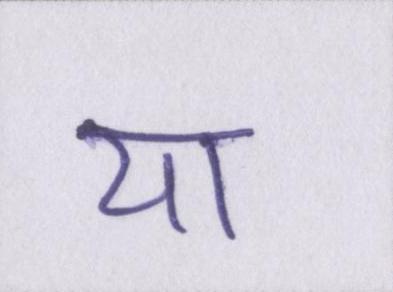
या